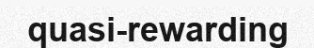
quasi-rewarding